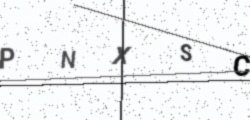
Text: PNXSC